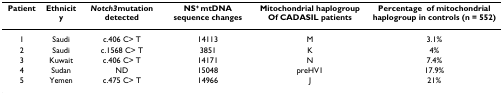
<table><thead><tr><td><b>Patient</b></td><td><b>Ethnicity</b></td><td><b><i>Notch3</i>mutation detected</b></td><td><b>NS<sup>+ </sup>mtDNA sequence changes</b></td><td><b>Mitochondrial haplogroup Of CADASIL patients</b></td><td><b>Percentage● of mitochondrial haplogroup in controls (n = 552)</b></td></tr></thead><tbody><tr><td>1</td><td>Saudi</td><td>c.406 C&gt; T</td><td>14113</td><td>M</td><td>3.1%</td></tr><tr><td>2</td><td>Saudi</td><td>c.1568 C&gt; T</td><td>3851</td><td>K</td><td>4%</td></tr><tr><td>3</td><td>Kuwait</td><td>c.406 C&gt; T</td><td>14171</td><td>N</td><td>7.4%</td></tr><tr><td>4</td><td>Sudan</td><td>ND</td><td>15048</td><td>preHV1</td><td>17.9%</td></tr><tr><td>5</td><td>Yemen</td><td>c.475 C&gt; T</td><td>14966</td><td>J</td><td>21%</td></tr></tbody></table>